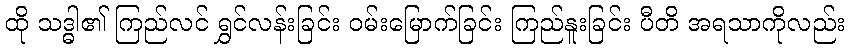
ထို သဒ္ဓါ၏ ကြည်လင် ရွှင်လန်းခြင်း ဝမ်းမြောက်ခြင်း ကြည်နူးခြင်း ပီတိ အရသာကိုလည်း